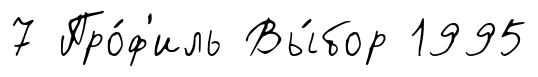
7 Про́ф'иль Вы́бор 1995